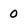
Character: 0